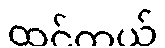
ထင်တယ်